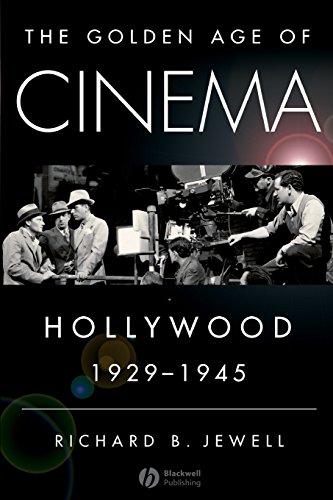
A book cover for The Golden Age of Cinema: Hollywood, 1929-1945; Richard Jewell; Humor & Entertainment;